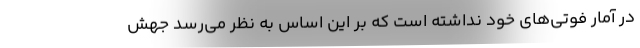
در آمار فوتی‌‌های خود نداشته است که بر این اساس به نظر می‌‌رسد جهش